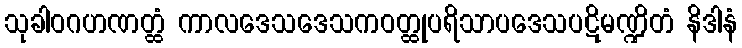
သုခါဝဂဟဏတ္ထံ ကာလဒေသဒေသကဝတ္ထုပရိသာပဒေသပဋိမဏ္ဍိတံ နိဒါနံ